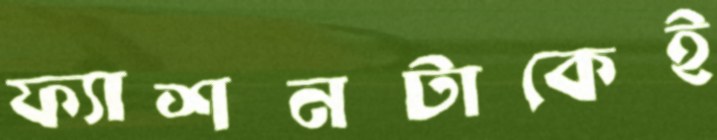
ফ্যাশনটাকেই